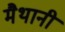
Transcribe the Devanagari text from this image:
मैथानी